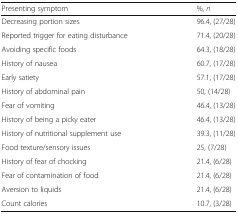
| Presenting symptom | %, n |
 | --- | --- |
 | Decreasing portion sizes | 96.4, (27/28) |
 | Reported trigger for eating disturbance | 71.4, (20/28) |
 | Avoiding specific foods | 64.3, (18/28) |
 | History of nausea | 60.7, (17/28) |
 | Early satiety | 57.1, (17/28) |
 | History of abdominal pain | 50, (14/28) |
 | Fear of vomiting | 46.4, (13/28) |
 | History of being a picky eater | 46.4, (13/28) |
 | History of nutritional supplement use | 39.3, (11/28) |
 | Food texture/sensory issues | 25, (7/28) |
 | History of fear of chocking | 21.4, (6/28) |
 | Fear of contamination of food | 21.4, (6/28) |
 | Aversion to liquids | 21.4, (6/28) |
 | Count calories | 10.7, (3/28) |